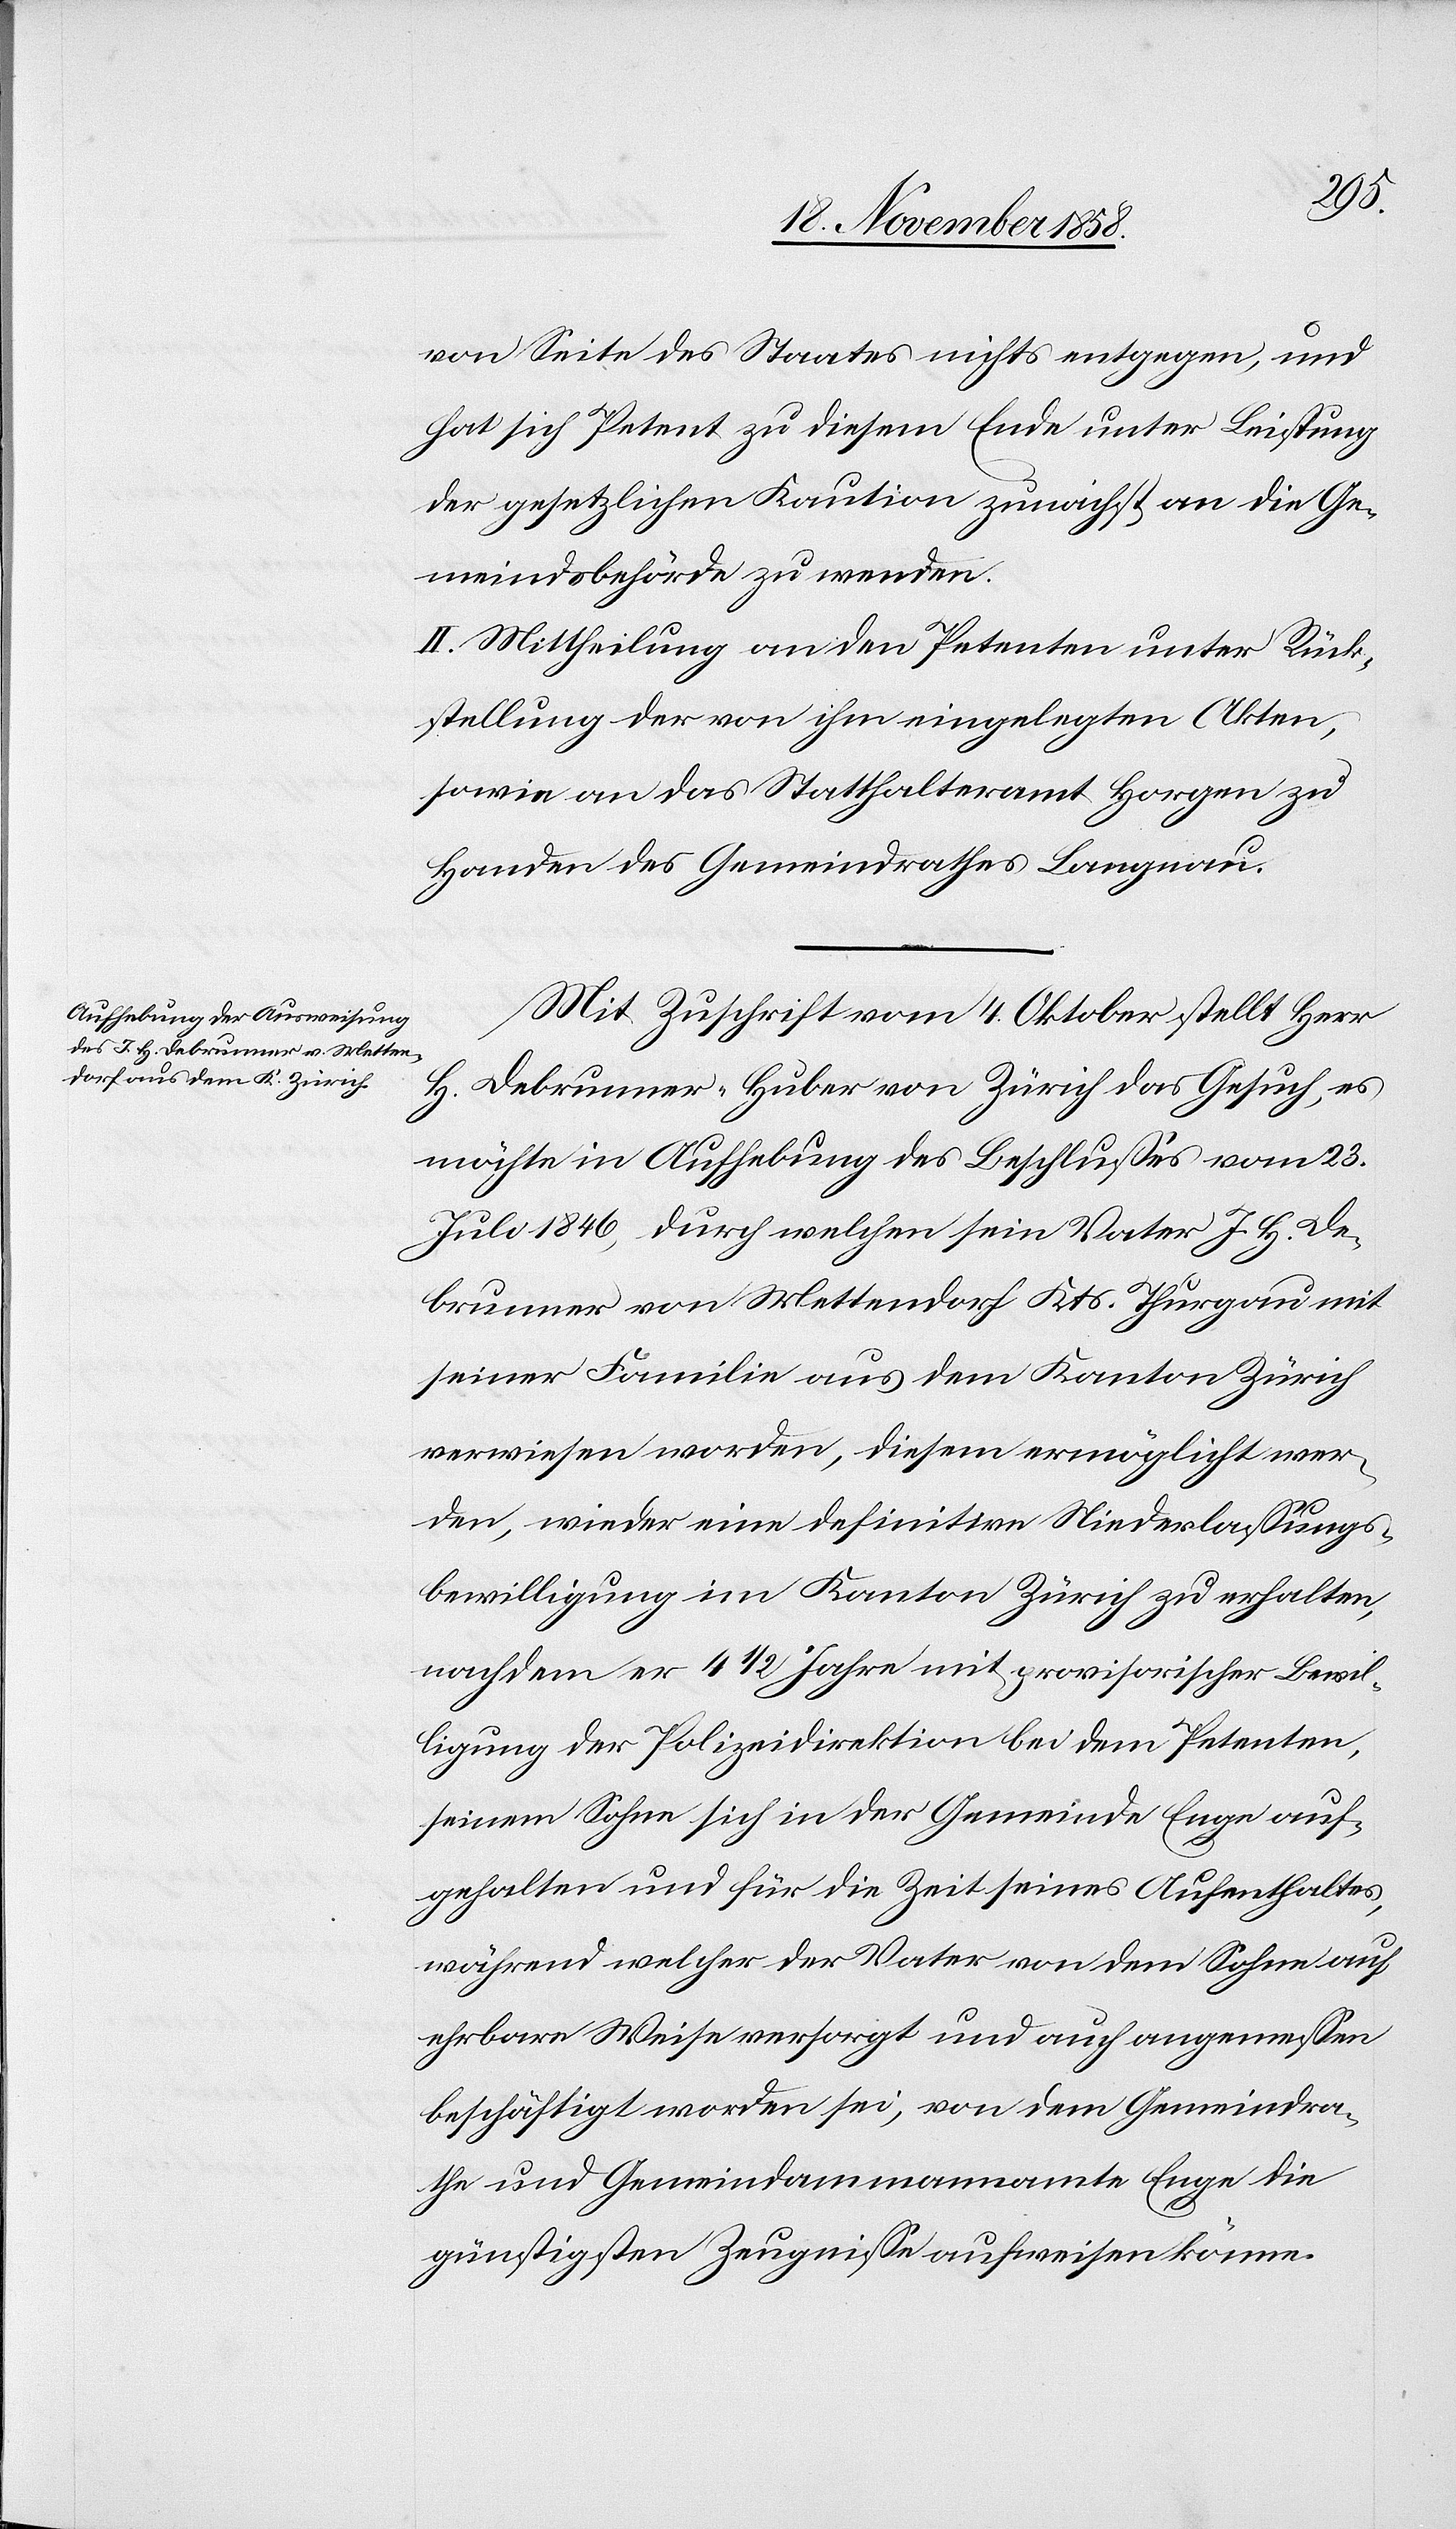
von Seite des Staates nichts entgegen, und
hat sich Petent zu diesem Ende unter Leistung
der gesetzlichen Kaution zunächst an die Ge¬
meindsbehörde zu wenden.
II. Mittheilung an den Petenten unter Rück¬
stellung der von ihm eingelegten Akten,
sowie an das Statthalteramt Horgen zu
Handen des Gemeindrathes Langnau.
Mit Zuschrift vom 4. Oktober stellt Herr
H. Debrunner-Huber von Zürich das Gesuch, es
möchte in Aufhebung des Beschlusses vom 23.
Juli 1846, durch welchen sein Vater J. H. De¬
brunner von Mettendorf Kts. Thurgau mit
seiner Familie aus dem Kanton Zürich
verwiesen worden, diesem ermöglicht wer¬
den, wieder eine definitive Niederlassungs¬
bewilligung im Kanton Zürich zu erhalten,
nachdem er 4 1/2 Jahre mit provisorischer Bewil¬
ligung der Polizeidirektion bei dem Petenten,
seinem Sohne sich in der Gemeinde Enge auf¬
gehalten und für die Zeit seines Aufenthaltes,
während welcher der Vater von dem Sohne auf
ehrbare Weise versorgt und auch angemessen
beschäftigt worden sei, von dem Gemeindra¬
the und Gemeindammannamte Enge die
günstigsten Zeugnisse aufweisen könne.